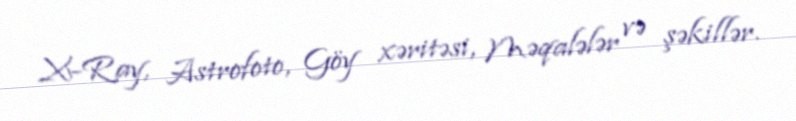
X-Ray, Astrofoto, Göy xəritəsi, Məqalələr və şəkillər.